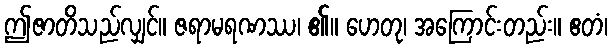
ဤဇာတိသည်လျှင်။ ဇရာမရဏဿ၊ ၏။ ဟေတု၊ အကြောင်းတည်း။ ဧတံ၊